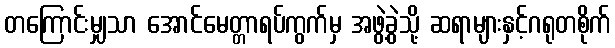
တကြောင်းမျှသာ အောင်မေတ္တာရပ်ကွက်မှ အဖွဲ့ခွဲသို့ ဆရာများနှင့်ဂရုတစိုက်